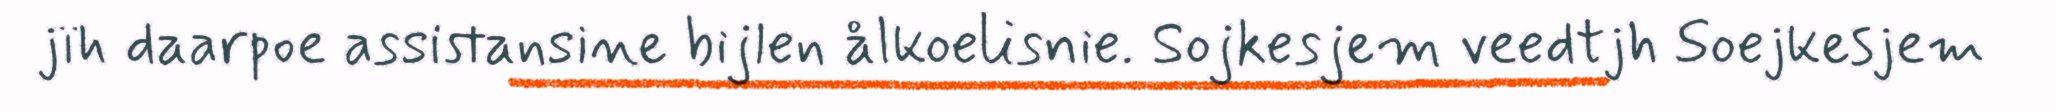
jïh daarpoe assistansine bijlen ålkoelisnie. Sojkesjem veedtjh Soejkesjem